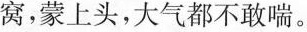
窝，蒙上头，大气都不敢喘。